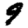
Digit: 9